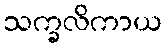
သက္ခလိကာယ